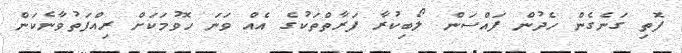
ފޮތި ގަނެގެން ހެދުން ފައްސަން ލޯބިކުރާ ފަރާތްތަކުގެ އެއް ވަނަ ހޮވުމަކަށް ރިއްފަތުވާނެކަން